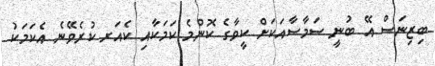
ބިޒިނަސް އޭ ބުނީ ސަމާސާއަކަށް ކީވާގެ ކޮންމެ ކަމަކާއި ކެއަރ ކުރެވޭނެ އެކަމަކު